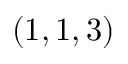
( 1 , 1 , 3 )